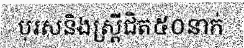
បុរសនិងស្ត្រីជិត៥០នាក់